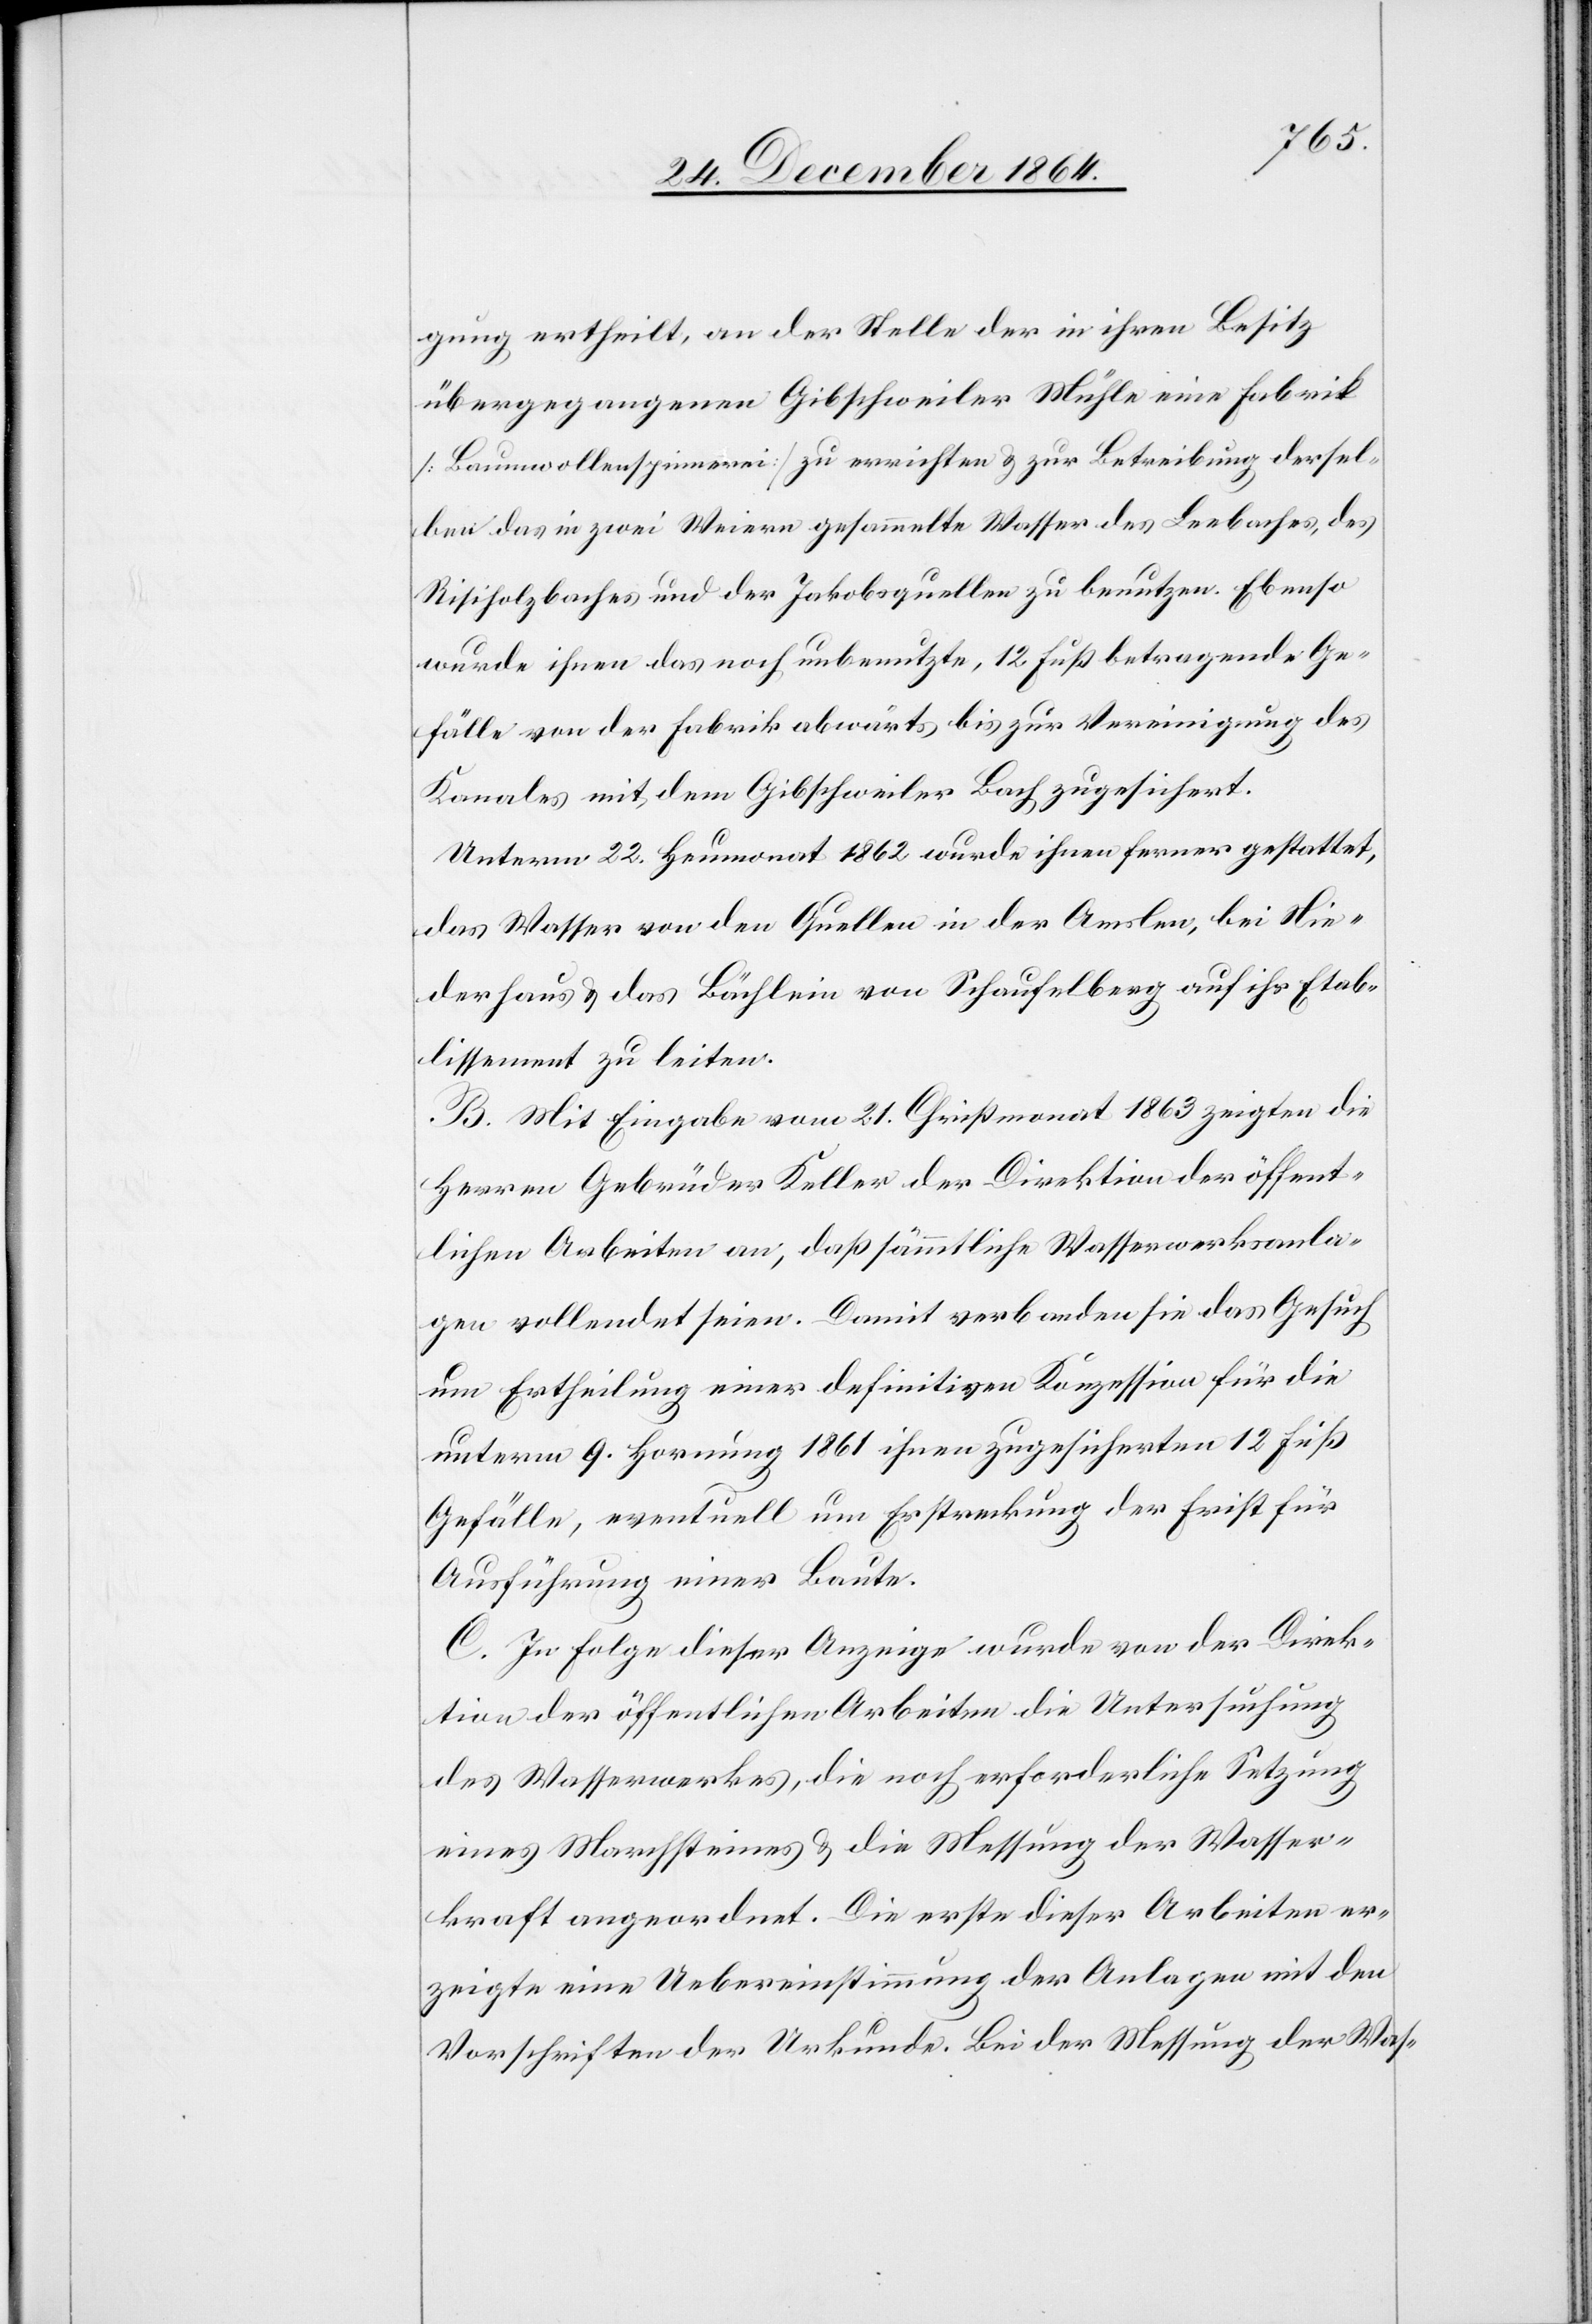
gung ertheilt, an der Stelle der in ihren Besitz
übergegangenen Gibschweiler Mühle eine Fabrik
[Baumwollspinnerei] zu errichten & zur Betreibung dersel¬
ben das in zwei Weiern gesammelte Wasser des Leebaches, des
Risiholzbaches und der Jakobsquellen zu benutzen. Ebenso
wurde ihnen das noch unbenutzte, 12 Fuß betragende Ge¬
fälle von der Fabrik abwärts bis zur Vereinigung des
Kanales mit dem Gibschweiler Bach zugesichert.
Unterm 22. Heumonat 1862 wurde ihnen ferner gestattet,
das Wasser von den Quellen in der Amslen, bei Nie¬
derhaus & das Bächlein von Schaufelberg auf ihr Etab¬
lissement zu leiten.
B. Mit Eingabe vom 21. Christmonat 1863 zeigten die
Herren Gebrüder Keller der Direktion der öffent¬
lichen Arbeiten an, daß sämmtliche Wasserwerksanla¬
gen vollendet seien. Damit verbanden sie das Gesuch
um Ertheilung einer definitiven Konzession für die
unterm 9. Hornung 1861 ihnen zugesicherten 12 Fuß
Gefälle, eventuell um Erstreckung der Frist für
Ausführung ihrer Baute.
C. In Folge dieser Anzeige wurde von der Direk¬
tion der öffentlichen Arbeiten die Untersuchung
des Wasserwerkes, die noch erforderliche Setzung
eines Marchsteines & die Messung der Wasser¬
kraft angeordnet. Die erste dieser Arbeiten er¬
zeigte eine Uebereinstimmung der Anlagen mit den
Vorschriften der Urkunde. Bei der Messung der Was-